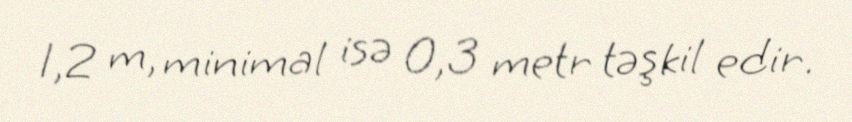
1,2 m, minimal isə 0,3 metr təşkil edir.